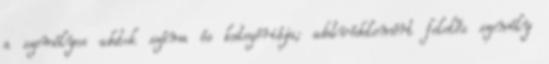
a személyes adatok száma és kategóriája; adatvédelemért felelős személy